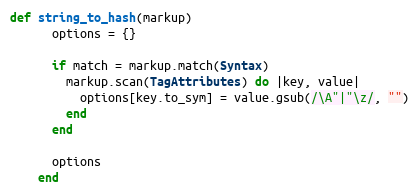
Language: Ruby
def string_to_hash(markup)
      options = {}

      if match = markup.match(Syntax)
        markup.scan(TagAttributes) do |key, value|
          options[key.to_sym] = value.gsub(/\A"|"\z/, "")
        end
      end

      options
    end